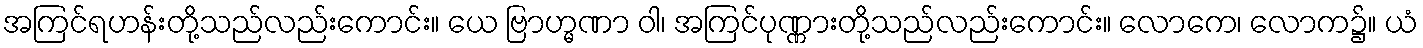
အကြင်ရဟန်းတို့သည်လည်းကောင်း။ ယေ ဗြာဟ္မဏာ ဝါ၊ အကြင်ပုဏ္ဏားတို့သည်လည်းကောင်း။ လောကေ၊ လောက၌။ ယံ